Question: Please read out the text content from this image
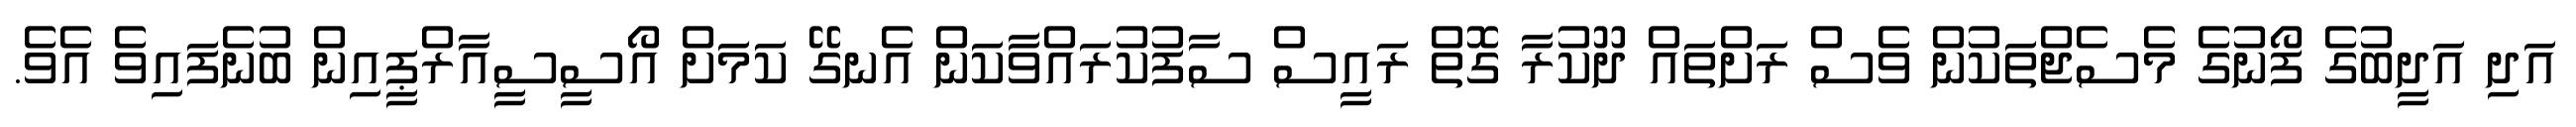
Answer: އަދި އަދީބުގެ ފޯނުގެ މެސެޖްތަކުން ވެސް ރަށްތައް ދޫކުރާ ގޮތް ރައީސް ސާފުކުރައްވާކަން އެނގޭ ކަމަށް އޯސީސީއާރްޕީއިން ބުނެފައިވެ އެވެ.